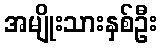
အမျိုးသားနှစ်ဦး